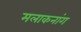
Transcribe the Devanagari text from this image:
मलाकनांग